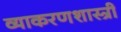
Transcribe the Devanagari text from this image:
व्याकरणशास्त्री